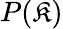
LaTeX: P(\mathfrak{K})